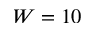
W = 1 0